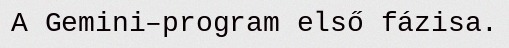
A Gemini–program első fázisa.